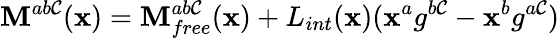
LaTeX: \mathbf{M}^{ab\mathcal{C}}(\mathbf{x})=\mathbf{M}_{free}^{ab\mathcal{C}}(\mathbf{x})+L_{int}(\mathbf{x})(\mathbf{x}^{a}g^{b\mathcal{C}}-\mathbf{x}^{b}g^{a\mathcal{C}})